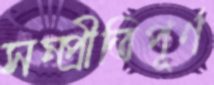
সম্প্রীতিপূর্ণ